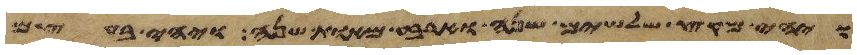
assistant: ויהי מקץ שלשים שנה וארבע מאות שנה ויהי בעצם